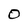
Character: 0